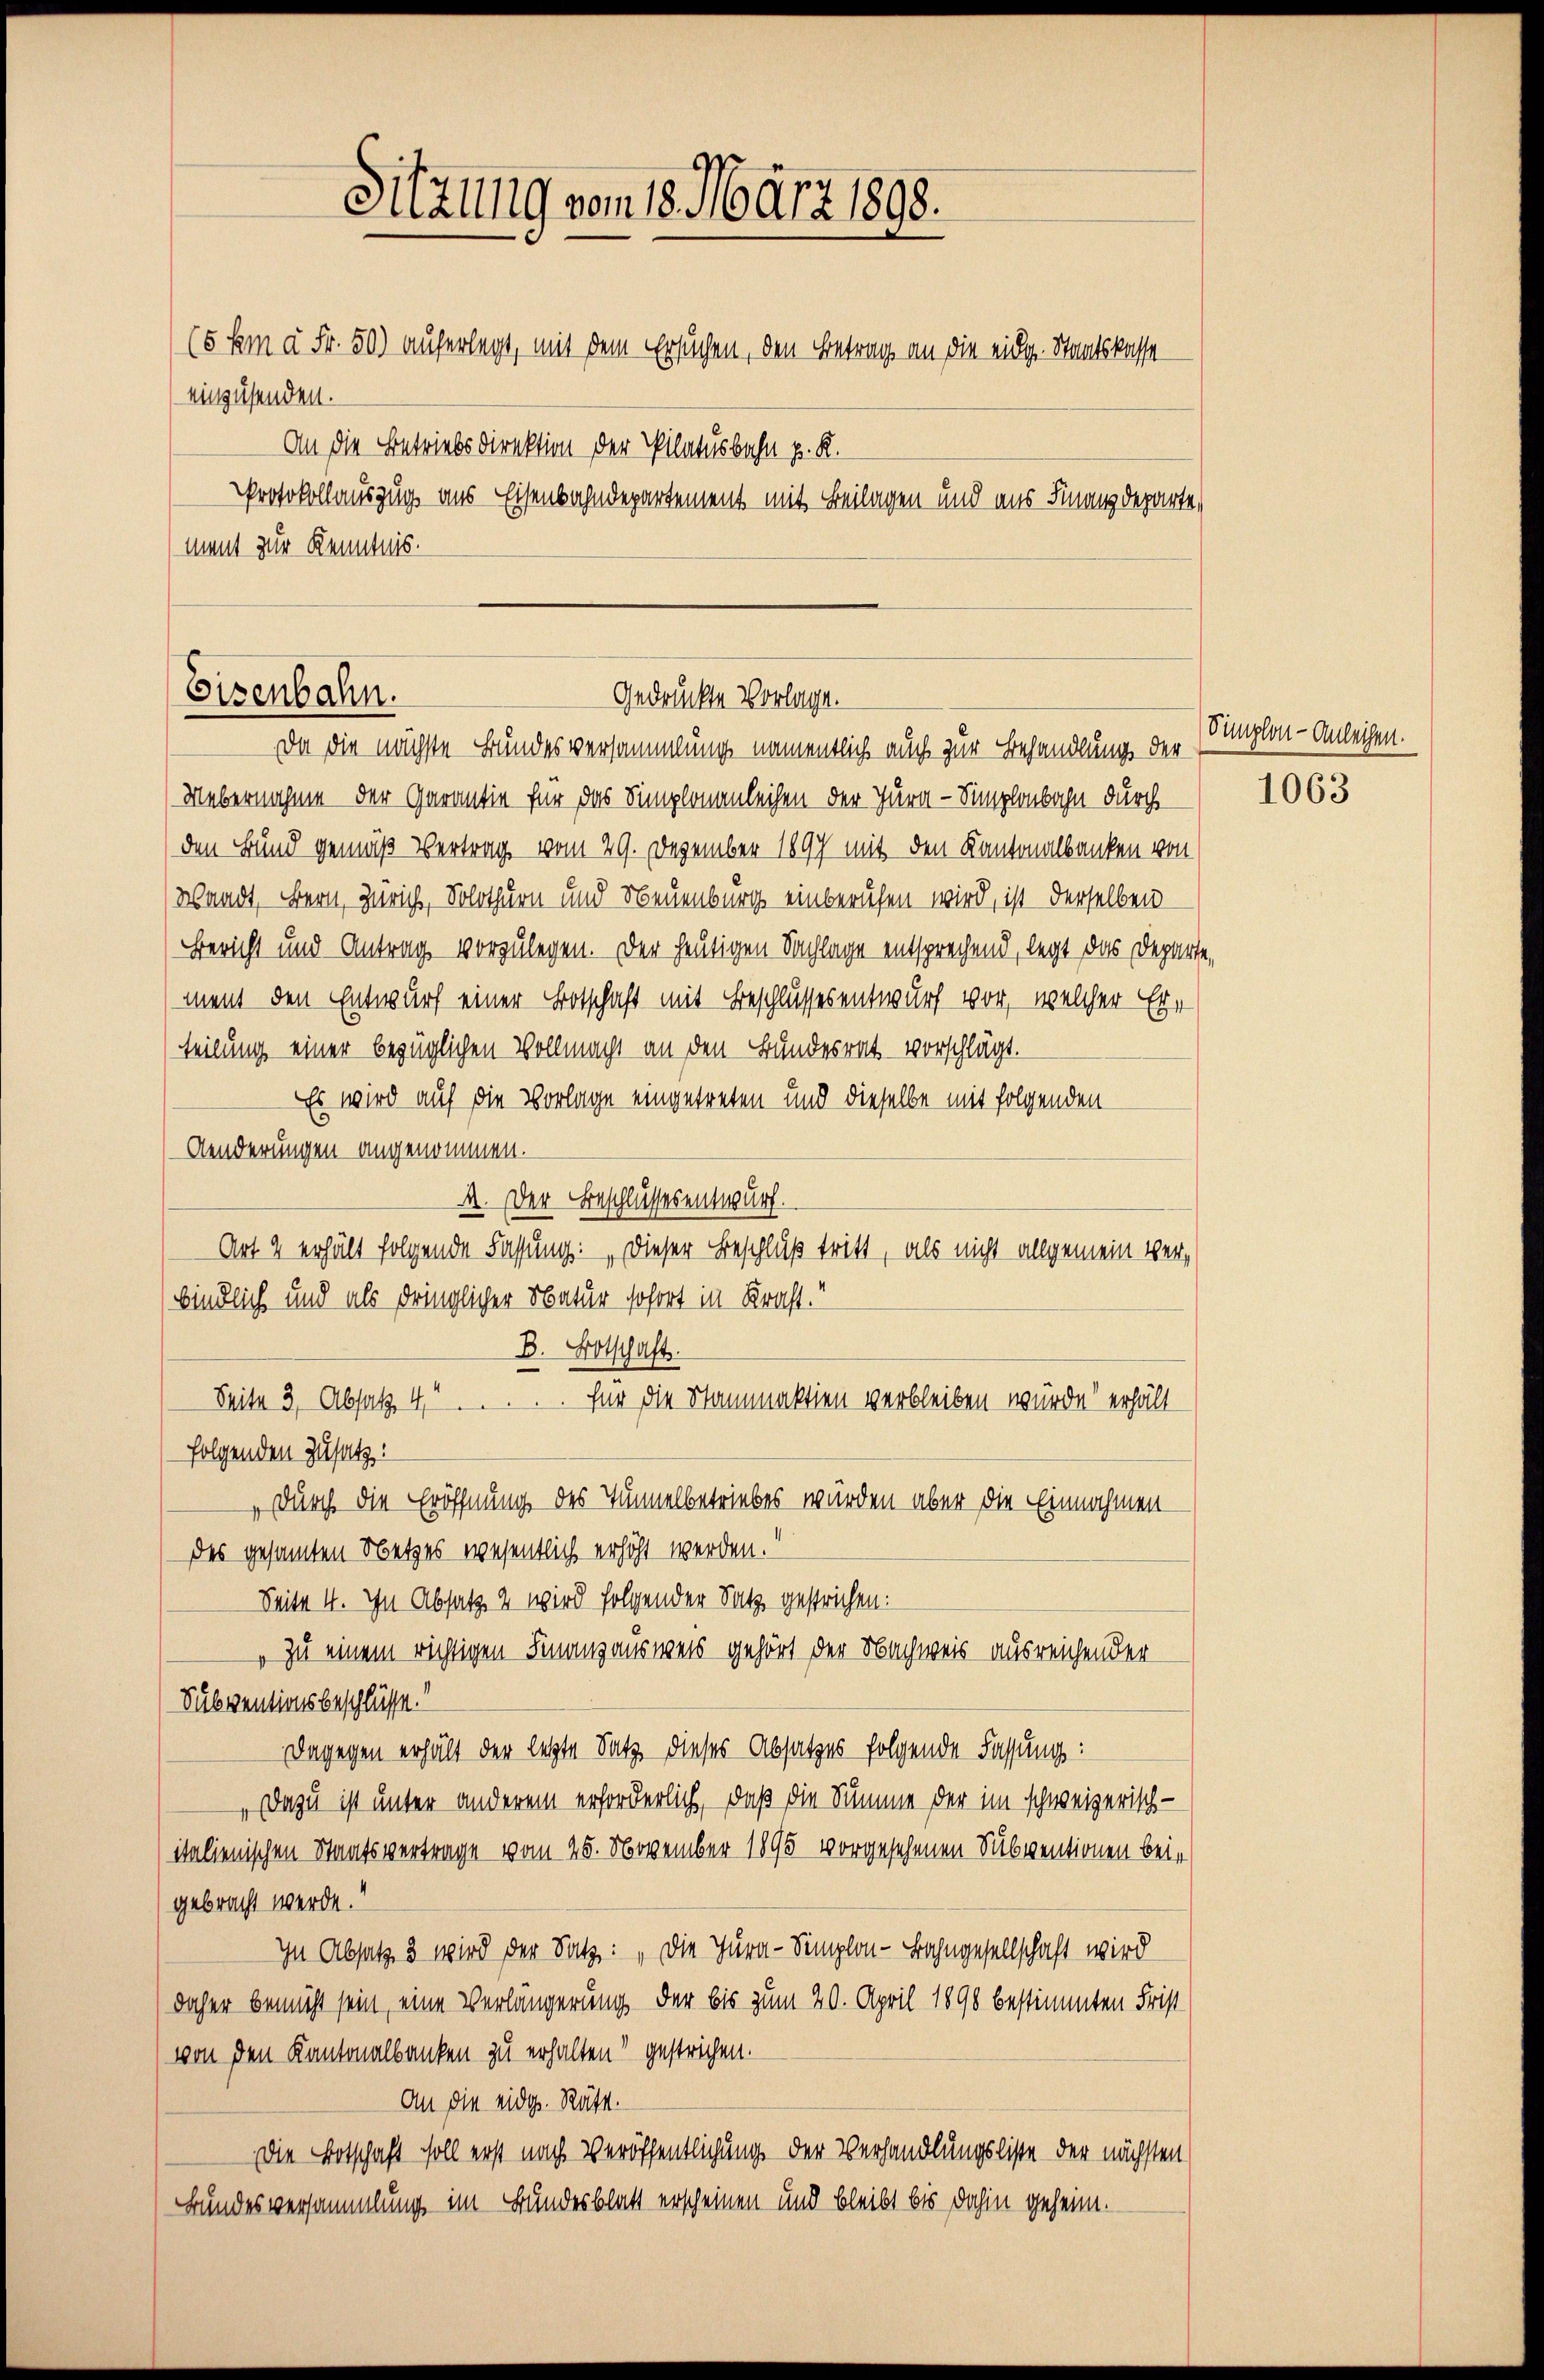
Sitzung vom 18. März 1898.
(5 km à Fr. 50) auferlegt, mit dem Ersuchen, den Betrag, an die eidg. Staatskasse
einzusenden.
An die Betriebsdirektion der Pilatusbahn p. K.
Protokollauszug aus Eisenbahndepartement mit Beilagen und aus Finanzdeparte,
ment zur Kenntnis.

Eisenbahn.
Gedrückte Vorlage.
Da die nächste Bundesversammlung namentlich auch zur Behandlung der

Uebernahme der Garantie für das Simplonanleihen der Jura - Simplonbahn durch
den Bund gemäß Vertrag vom 29. Dezember 1897 mit den Kantonalbanken von
Waadt, Bern, Züricht, Solothurn und Neuenburg einberufen wird, ist derselben
Bericht und Antrag vorzulegen. Der heutigen Sachlage entsprechend, legt das Departe,
ment den Entwurf einer Botschaft mit Beschlussesentwurf vor, welcher Ehe
teilung einer bezüglichen Vollmacht an den Bundesrat vorschlägt.
Es wird auf die Vorlage eingetreten und dieselbe mit folgenden
Aenderungen angenommen.
A. Der Beschlussesentwurf.
Art 2 erhält folgende Fassung: „Dieser Beschluß tritt, als nicht allgemein verbindlich und als dringlicher Natur sofort in Kraft.“
B. Botschaft.
Seite 3, Absatz. 44
für die Stammaktion verbleiben würde erhält
folgenden Zusatz:
durch die Eröffnung des Tunnelbetriebes wurden aber die Einnahmendes gesamten Netzes wesentlich erhöht werden.
Seite 4. In Absatz 2 wird folgender Satz gestrichen:
Zu einem richtigen Finanzausweis gehört der Nachweis ausreichender
Subventionsbeschlüsse.“
Dagegen erhält der letzte Satz dieses Absatzes folgende Fassung:
Dazu ist unter anderem erforderlich, daß die Summe der im schweizerisch-
italienischen Staatsvertrage vom 25. November 1895 vorgesehenen Subventionen beigebracht werde.
In Absatz 3 wird der Satz: „Die Jura-Semplon - Bahngesellschaft wird
daher bemüht sein, eine Verlängerung der bis zum 20. April 1890 bestimmten Frist
von den Kantonalbanken zu erhalten“ gestrichen.
An die eidg. Räte.
Die Botschaft soll erst nach Veröffentlichung der Verhandlungsliste der nächsten
Bundesversammlung im Bundesblatt erscheinen und bleibt bis dahin geheim¬

Simplon - Anleihen.

1063